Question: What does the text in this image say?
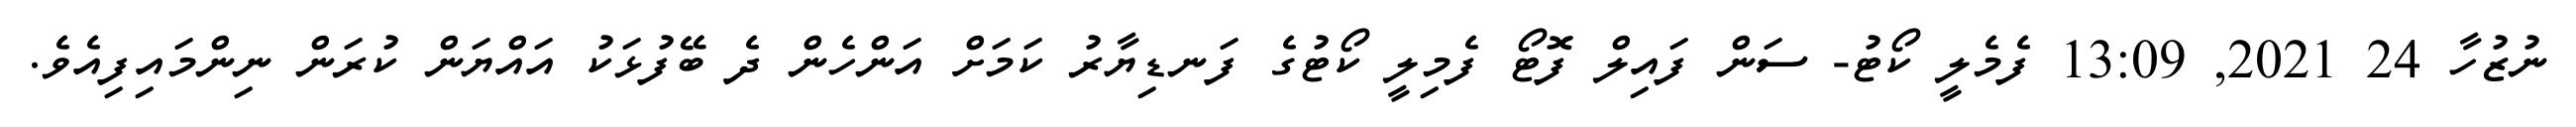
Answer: ނުޒުހާ 24 2021, 13:09 ފެމެލީ ކޯޓު- ސަން ފައިލް ފޮޓޯ ފެމިލީ ކޯޓުގެ ފަނޑިޔާރު ކަމަށް އަންހެން ދެ ބޭފުޅަކު އައްޔަން ކުރަން ނިންމައިފިއެވެ.